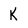
Character: K